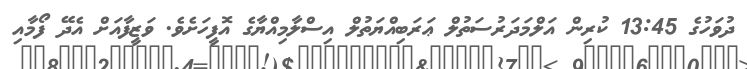
ދުވަހުގެ 13:45 ކުރިން އަލްމަދަރުސަތުލް ޢަރަބިއްޔަތުލް އިސްލާމިއްޔާގެ އޮފީހަށެވެ. ވަޒީފާއަށް އެދޭ ފޯމާއި